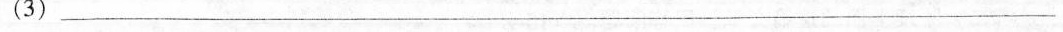
(3)___